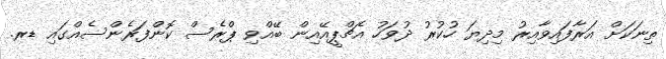
ތިނަކަށް އަރާފައިވާއިރު މިދިޔަ ހުކުރު ދުވަހު އެޗްޕީއޭއިން ބޭއްވި ޕްރެސް ކޮންފަރެންސެއްގައި ޑރ.